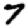
Digit: 7